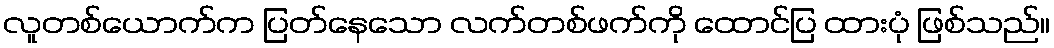
လူတစ်ယောက်က ပြတ်နေသော လက်တစ်ဖက်ကို ထောင်ပြ ထားပုံ ဖြစ်သည်။